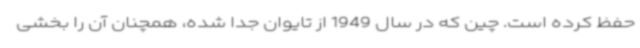
حفظ کرده است. چین که در سال 1949 از تایوان جدا شده، همچنان آن را بخشی